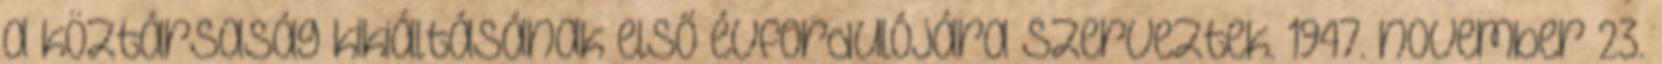
a köztársaság kikiáltásának első évfordulójára szerveztek. 1947. november 23.